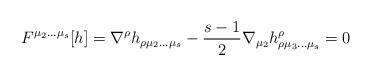
LaTeX: \begin{align*}F^{\mu_2\ldots\mu_s}[h]=\nabla^{\rho}h_{\rho\mu_2\ldots\mu_s}-{s-1\over 2}\nabla_{\mu_2}h^{\rho}_{\rho\mu_3\ldots\mu_s}=0\end{align*}